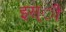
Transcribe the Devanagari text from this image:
इस्ी